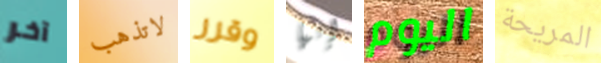
آخر لاتذهب وقرر إنها اليوم المريحة